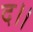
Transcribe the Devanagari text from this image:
द।।